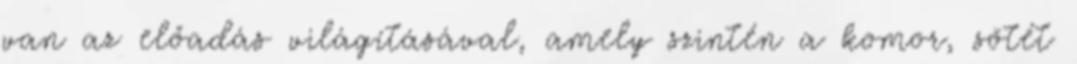
van az előadás világításával, amely szintén a komor, sötét